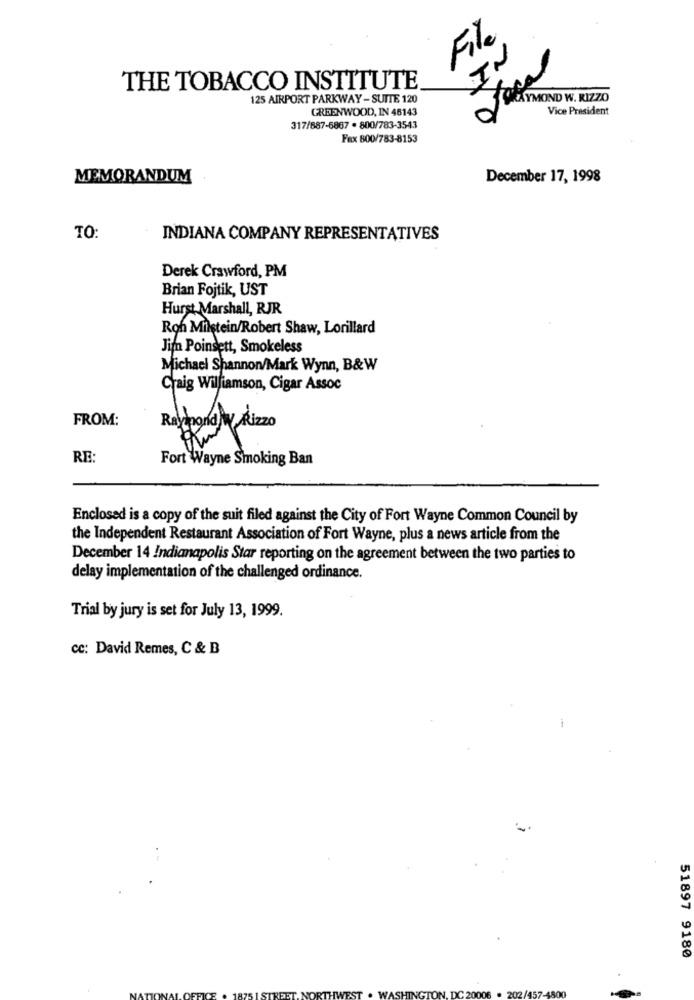
File
IN
THE TOBACCO INSTITUTE
125 AIRPORT PARKWAY - SUITE 120
GREENWOOD, IN 46143
SOKSYMOND W. RIZZO
Vice President
317/887-6867 . 800/783-3543
Fax 800/783-8153
MEMORANDUM
December 17, 1998
TO:
INDIANA COMPANY REPRESENTATIVES
Derek Crawford, PM
Brian Fojtik, UST
Hurst Marshall, RJR
Roh Milstein/Robert Shaw, Lorillard
Jim Poinsett, Smokeless
Michael Shannon/Mark Wynn, B&W
Craig Williamson, Cigar Assoc
FROM:
RE
Fort Wayne Smoking Ban
Enclosed is a copy of the suit filed against the City of Fort Wayne Common Council by
the Independent Restaurant Association of Fort Wayne, plus a news article from the
December 14 Indianapolis Star reporting on the agreement between the two parties to
delay implementation of the challenged ordinance.
Trial by jury is set for July 13, 1999.
cc: David Remes, C & B
51897 9180
.